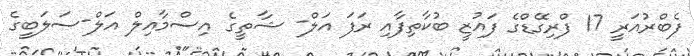
ފެބްރުއަރީ 17 ފްރިގޭޑްގެ ފައުޒީ ބުކާތިފާއި ރަފަ އަލް- ޝާތީގެ އިސްމާއިލް އަލް-ސަލަބީގެ